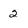
Character: 2